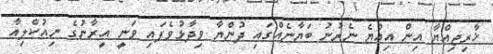
ޚާރިޖިއްޔާ އިން އިއްޔެ ނެރުނު ބަޔާނެއްގައި ދުންޔާ ވިދާޅުވެފައި ވަނީ އީރާނުގެ ނިއުކްލިއާ